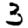
Digit: 3